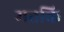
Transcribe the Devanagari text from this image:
मतकि